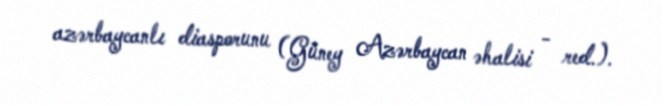
azərbaycanlı diasporunu (Güney Azərbaycan əhalisi - red.).